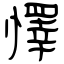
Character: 懌